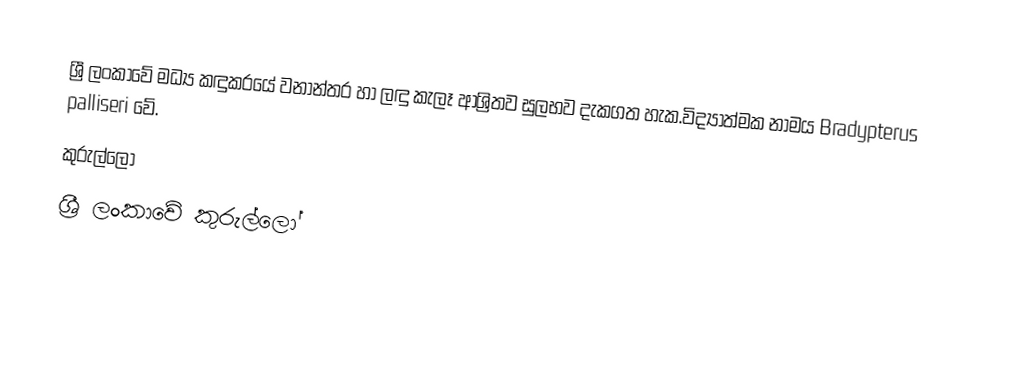
ශ්‍රී ලංකාවේ මධ්‍ය  කඳුකරයේ වනාන්තර හා ලඳු කැලෑ ආශ්‍රිතව සුලභව දැකගත හැක.විද්‍යාත්මක නාමය  Bradypterus palliseri  වේ.
කුරුල්ලෝ
ශ්‍රී ලංකාවේ කුරුල්ලෝ